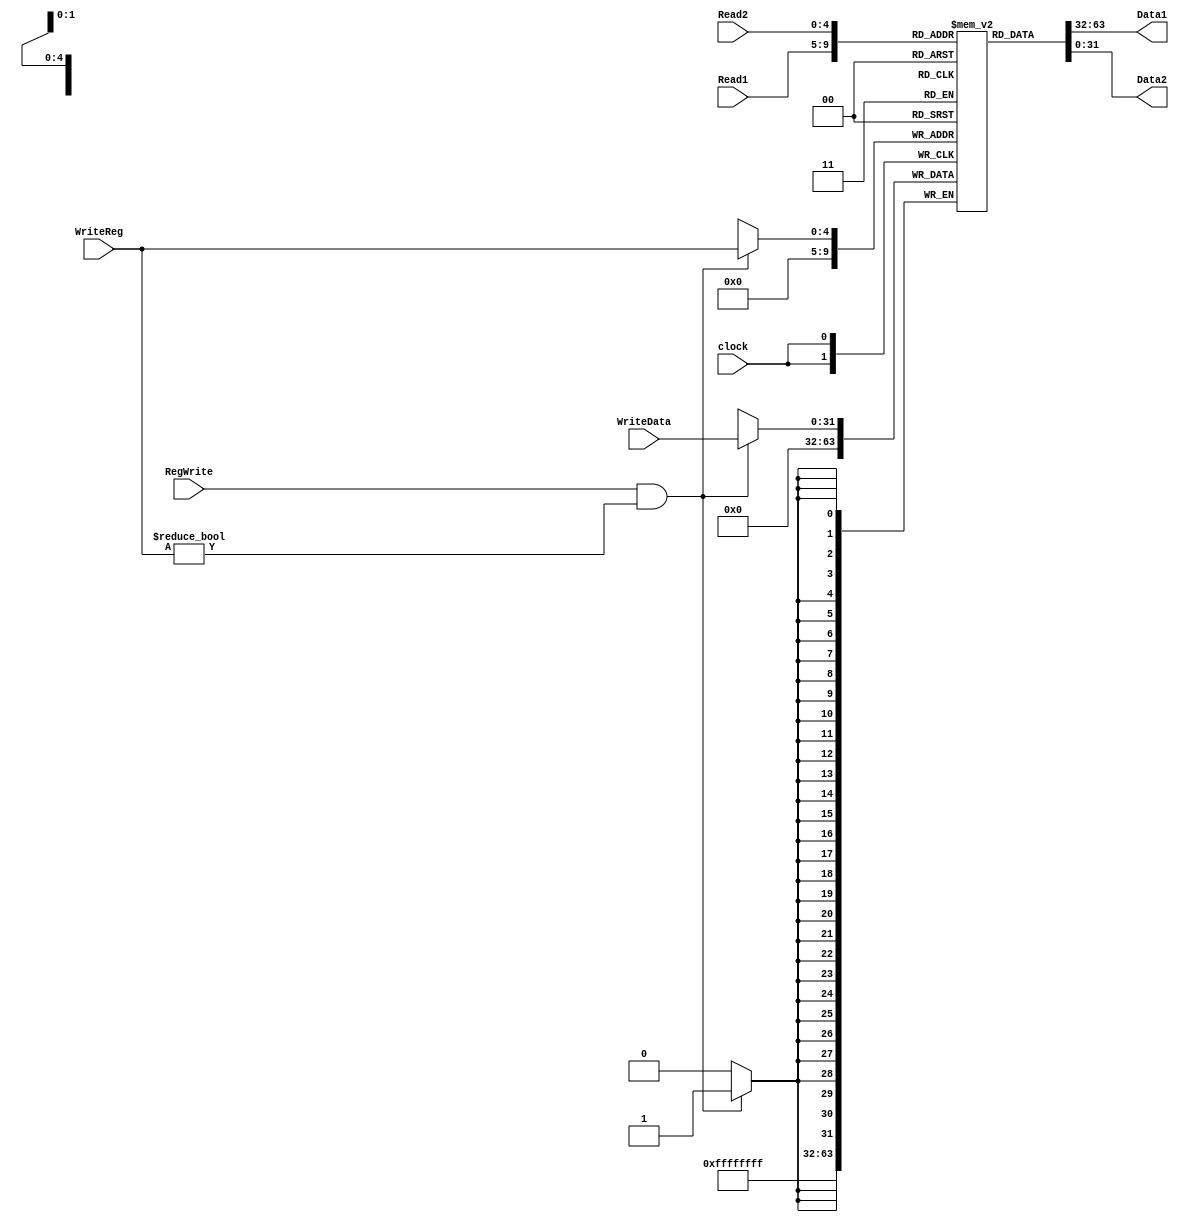
module Reg_File32(Read1, Read2,    WriteReg, WriteData, 
                  clock, RegWrite, Data1,    Data2);

     input     [4:0]     Read1, Read2, WriteReg;  // reg numbers to read/write
     input     [31:0]    WriteData;               // data to write
     input               RegWrite,                // write control signal
                         clock;                   // clock to trigger a write
                         
     output    [31:0]    Data1, Data2;            // reg values to read
     
     reg       [31:0]    RF   [31:0];             // 32 reg each, 32 bits wide
     
     assign Data1 = RF[Read1];
     assign Data2 = RF[Read2];
     
     always @(negedge clock)
     begin
          // if RegWrite control signal is asserted
          if(RegWrite == 1 && WriteReg != 5'h000) RF[WriteReg] <=  WriteData;
               
          RF[0] <= 32'h00000000; // ensures $0 = 0
     end
     
endmodule